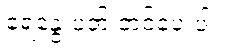
ရေနွေးပတ် တင်ပေးပါ။